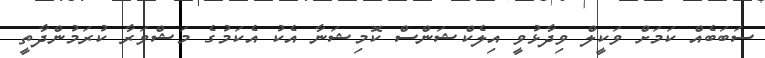
ސަބަބެއް ކަމަށް ވަކީލް ވިދާޅުވީ އިލެކްޝަންސް ކޮމިޝަނާ އެކު އެކަމުގެ މަޝްވަރާ ކުރަމުންދާތީ